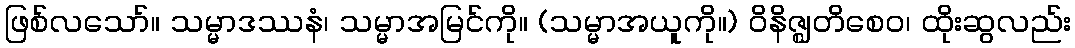
ဖြစ်လသော်။ သမ္မာဒဿနံ၊ သမ္မာအမြင်ကို။ (သမ္မာအယူကို။) ဝိနိဇ္ဈတိစေဝ၊ ထိုးဆွလည်း